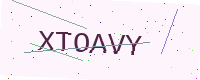
Text: XTOAVY